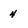
Character: 4